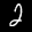
Label: 2